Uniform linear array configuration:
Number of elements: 64
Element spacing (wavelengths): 0.25
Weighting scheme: hamming
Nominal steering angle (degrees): -45
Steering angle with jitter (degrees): -46.172
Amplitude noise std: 0.05
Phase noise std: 0.05

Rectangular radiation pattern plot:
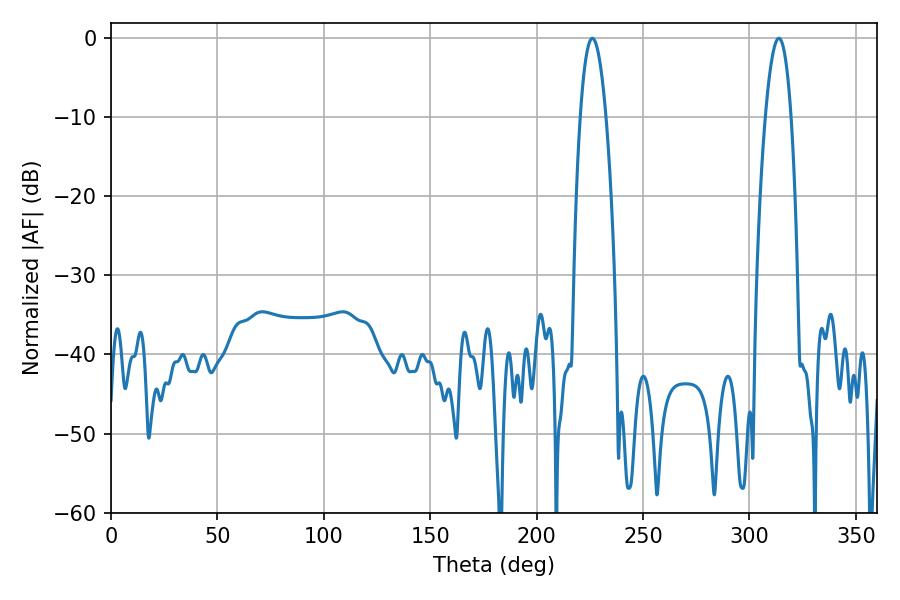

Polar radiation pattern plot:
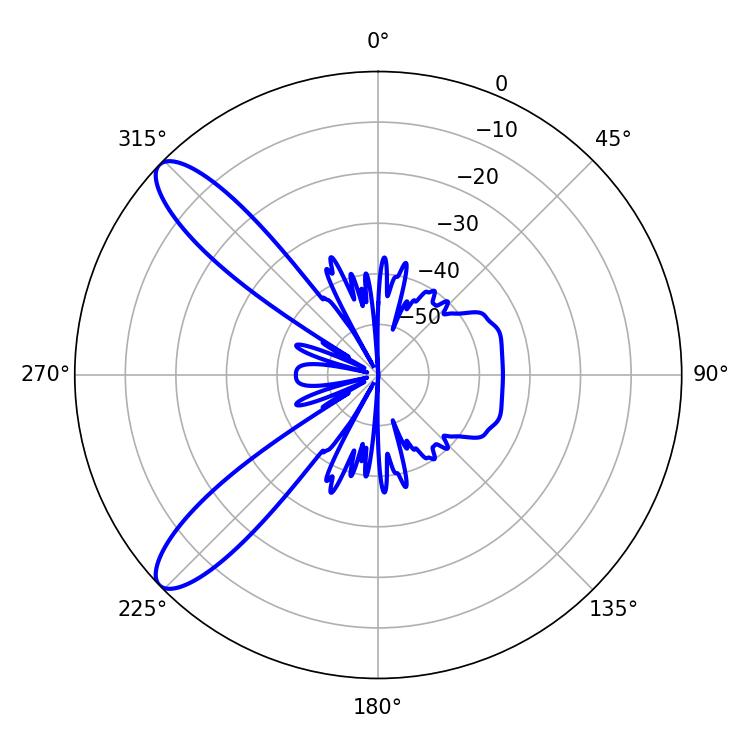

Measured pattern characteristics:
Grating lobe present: FALSE
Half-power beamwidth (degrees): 6.66
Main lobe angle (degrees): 313.74